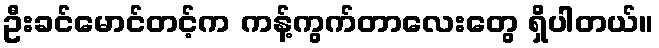
ဦးခင်မောင်တင့်က ကန့်ကွက်တာလေးတွေ ရှိပါတယ်။